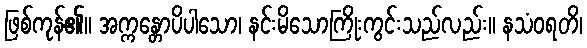
ဖြစ်ကုန်၏။ အက္ကန္တောပိပါသော၊ နင်းမိသောကြိုးကွင်းသည်လည်း။ နသံဝရတိ၊